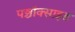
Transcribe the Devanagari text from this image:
पञ्चॉक्साइड